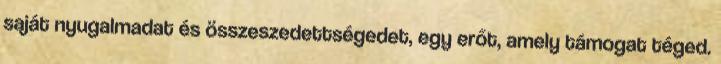
saját nyugalmadat és összeszedettségedet, egy erőt, amely támogat téged.